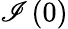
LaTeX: \mathscr{I}\left(0\right)